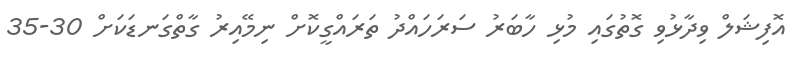
އޮފިޝަލް ވިދާޅުވި ގޮތުގައި މުޅި ހާބަރު ސަރަހައްދު ތަރައްގީކޮށް ނިމޭއިރު ގާތްގަނޑަކަށް 30-35